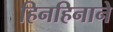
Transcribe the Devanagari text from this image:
हिनहिनाने